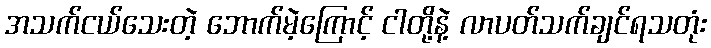
အသက်ငယ်သေးတဲ့ ဘောက်မဲ့ကြောင့် ငါတို့နဲ့ လာပတ်သက်ချင်ရသတုံး